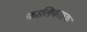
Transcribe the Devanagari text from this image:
कालिकाष्टक